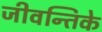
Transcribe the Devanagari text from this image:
जीवन्तिके